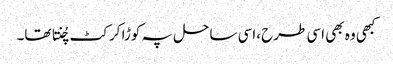
کبھی وہ بھی اسی طرح ،اسی ساحل پہ کوڑا کرکٹ چُنتا تھا۔